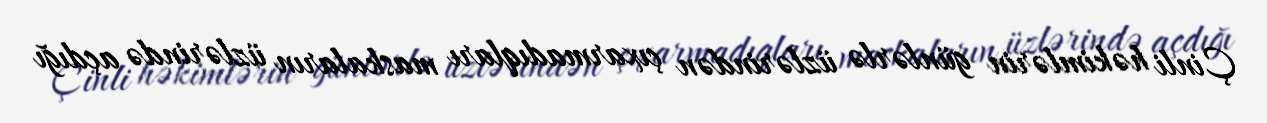
Çinli həkimlərin günlərlə üzlərindən çıxarmadıqları maskaların üzlərində açdığı